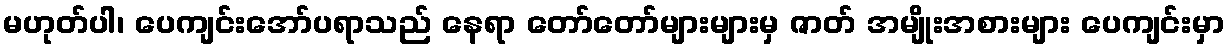
မဟုတ်ပါ၊ ပေကျင်းအော်ပရာသည် နေရာ တော်တော်များများမှ ဇာတ် အမျိုးအစားများ ပေကျင်းမှာ